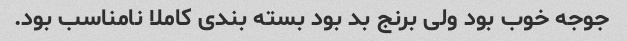
جوجه خوب بود ولی برنج بد بود بسته بندی کاملا نامناسب بود.